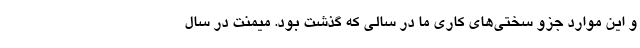
و این موارد جزو سختی‌های کاری ما در سالی که گذشت بود. میمنت در سال